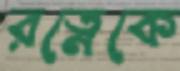
রত্নেকে